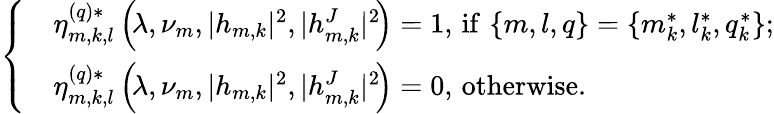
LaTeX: \left\lbrace\begin{array}{rl}&{\eta_{m,k,l}^{(q)\ast}\left(\! \lambda,\nu_{m},|h_{m,k}|^{2},|h_{m,k}^{J}|^{2}\! \right)=1,\, \mathrm{{if}}\, \left\lbrace m,l,q\right\rbrace=\left\lbrace m_{k}^{\ast},l_{k}^{\ast},q_{k}^{\ast}\right\rbrace;}\\ &{\eta_{m,k,l}^{(q)\ast}\left(\! \lambda,\nu_{m},|h_{m,k}|^{2},|h_{m,k}^{J}|^{2}\! \right)=0,\, {\mathrm{otherwise}}.}\end{array}\right.